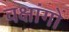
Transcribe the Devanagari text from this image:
वक्षांगों